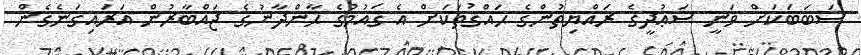
ސަބަބަކަށް ވަނީ ސަޢުދީގެ ރައްޔިތުންގެ ޙައްޤުތަކަށް އެ ޤައުމުގެ ޙާންދާނުގެ ޖައްބާރުން އަރައިގަނެގެން